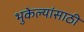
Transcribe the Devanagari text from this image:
भुकेल्यांसाठी